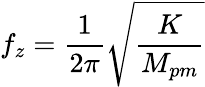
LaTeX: f_{z}=\frac{1}{{2\pi}}\sqrt{\frac{K}{{M_{pm}}}}